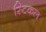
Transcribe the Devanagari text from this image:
स्टिकल